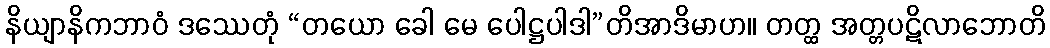
နိယျာနိကဘာဝံ ဒဿေတုံ “တယော ခေါ မေ ပေါဋ္ဌပါဒါ”တိအာဒိမာဟ။ တတ္ထ အတ္တပဋိလာဘောတိ